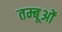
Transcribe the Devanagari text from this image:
तम्बूओं